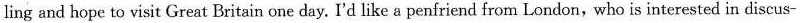
ling and hope to visit Great Britain one day. I'd like a penfriend from London, who is interested in discus-